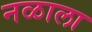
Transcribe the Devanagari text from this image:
नळाला